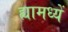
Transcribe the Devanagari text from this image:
ह्यामध्यें